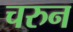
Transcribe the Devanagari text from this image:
चरुन